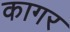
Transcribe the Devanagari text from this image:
कागर